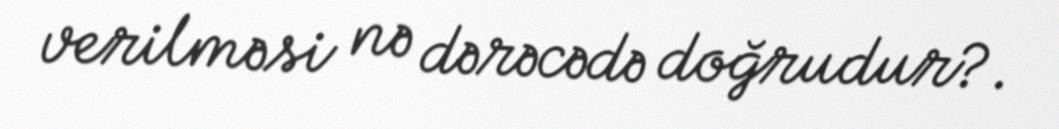
verilməsi nə dərəcədə doğrudur?.